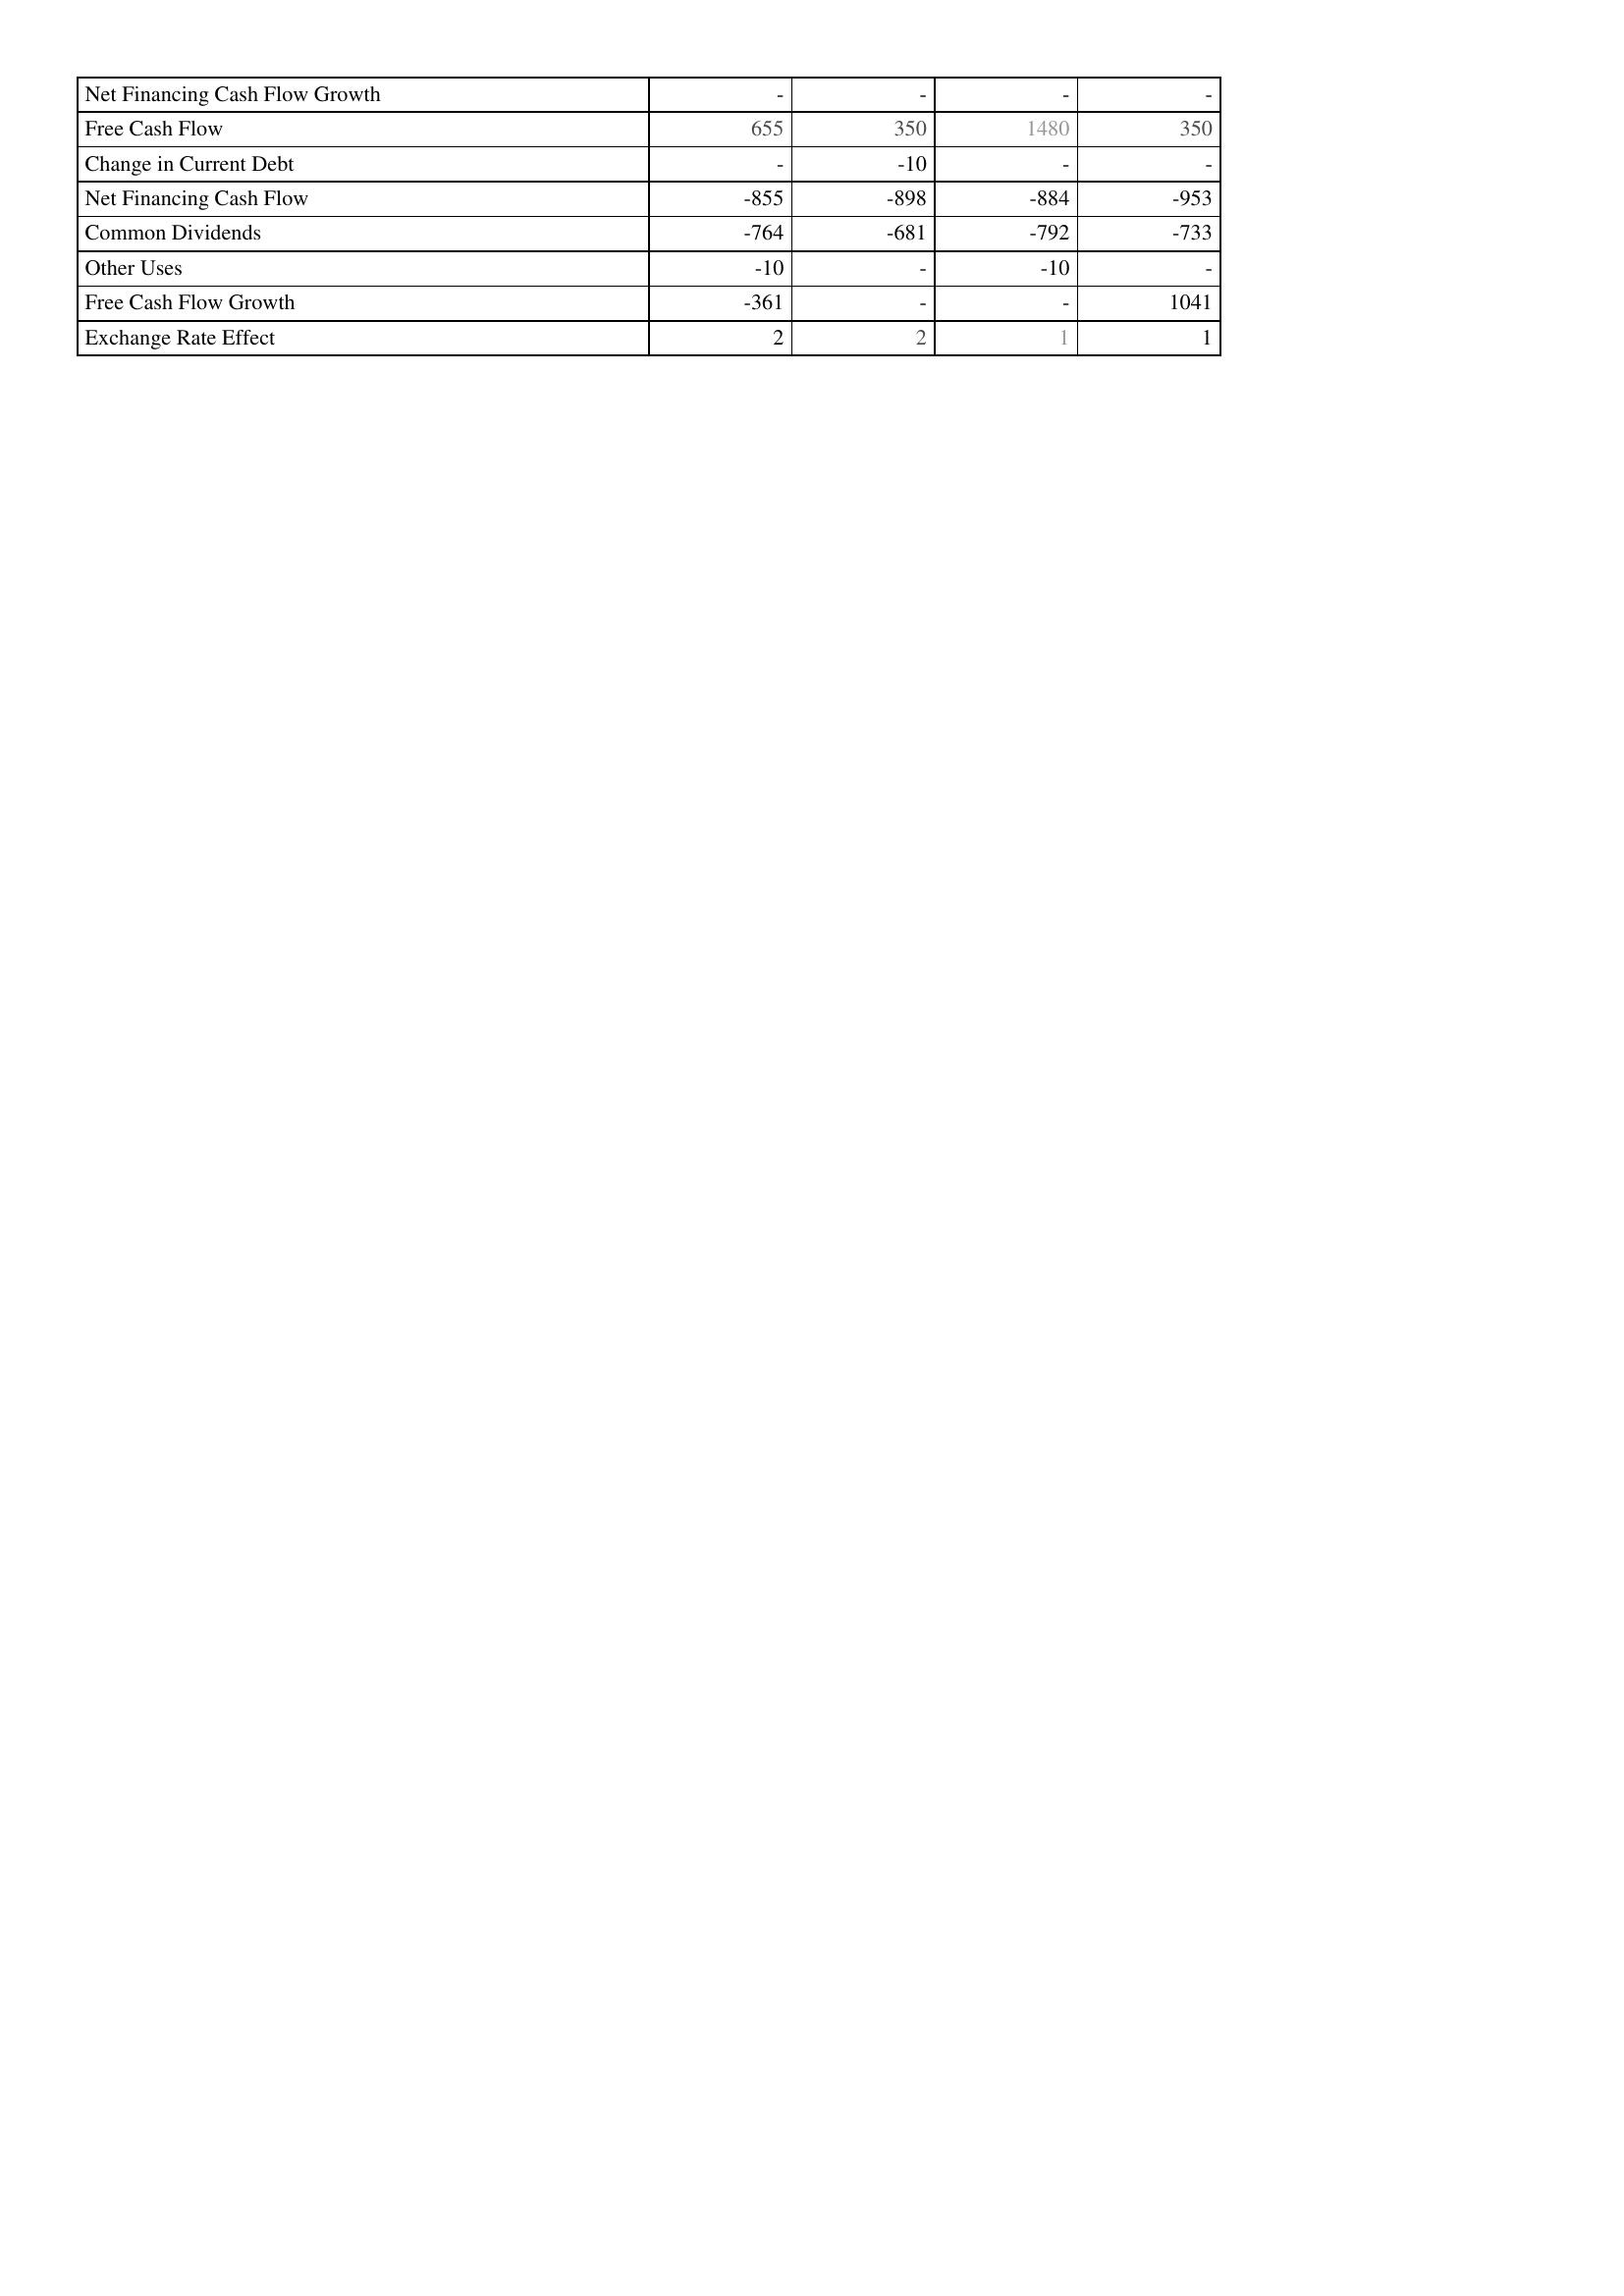
2021: Financing Activities: Net Financing Cash Flow Growth: -
Free Cash Flow: 655
Change in Current Debt: -
Net Financing Cash Flow: -855
Common Dividends: -764
Other Uses: -10
Free Cash Flow Growth: -361
Exchange Rate Effect: 2
2022: Financing Activities: Net Financing Cash Flow Growth: -
Free Cash Flow: 350
Change in Current Debt: -10
Net Financing Cash Flow: -898
Common Dividends: -681
Other Uses: -
Free Cash Flow Growth: -
Exchange Rate Effect: 2
2023: Financing Activities: Net Financing Cash Flow Growth: -
Free Cash Flow: 1480
Change in Current Debt: -
Net Financing Cash Flow: -884
Common Dividends: -792
Other Uses: -10
Free Cash Flow Growth: -
Exchange Rate Effect: 1
2024: Financing Activities: Net Financing Cash Flow Growth: -
Free Cash Flow: 350
Change in Current Debt: -
Net Financing Cash Flow: -953
Common Dividends: -733
Other Uses: -
Free Cash Flow Growth: 1041
Exchange Rate Effect: 1